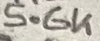
Text: 5.6K